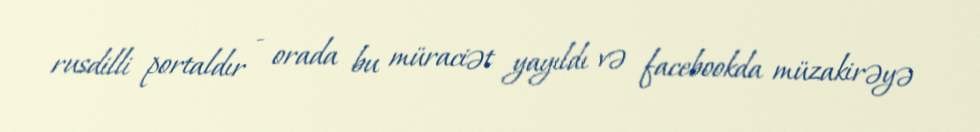
rusdilli portaldır - orada bu müraciət yayıldı və facebookda müzakirəyə